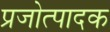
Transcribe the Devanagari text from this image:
प्रजोत्पादक